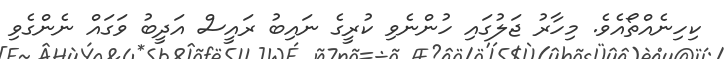
ކިހިނެއްތޯއެވެ. މިހާރު ޖަލުގައި ހުންނެވި ކުރީގެ ނައިބު ރައީސް އަދީބު ވަގައް ނެންގެވި